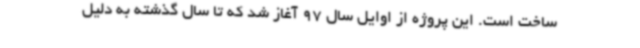
ساخت است. این پروژه از اوایل سال 97 آغاز شد که تا سال گذشته به دلیل